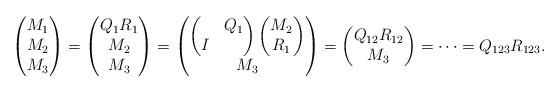
LaTeX: \begin{align*}\begin{pmatrix} M_1 \\ M_2 \\ M_3 \end{pmatrix}= \begin{pmatrix} Q_1 R_1 \\ M_2 \\ M_3 \end{pmatrix}= \begin{pmatrix} \begin{pmatrix} & Q_1 \\I & \end{pmatrix} \begin{pmatrix}M_2\\R_1\end{pmatrix} \\ M_3 \end{pmatrix}= \begin{pmatrix} Q_{12} R_{12} \\ M_3 \end{pmatrix}= \cdots= Q_{123} R_{123}.\end{align*}